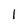
Character: 1